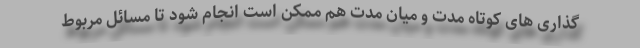
گذاری های کوتاه مدت و میان مدت هم ممکن است انجام شود تا مسائل مربوط